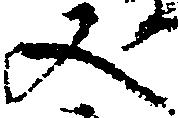
又